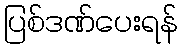
ပြစ်ဒဏ်ပေးရန်